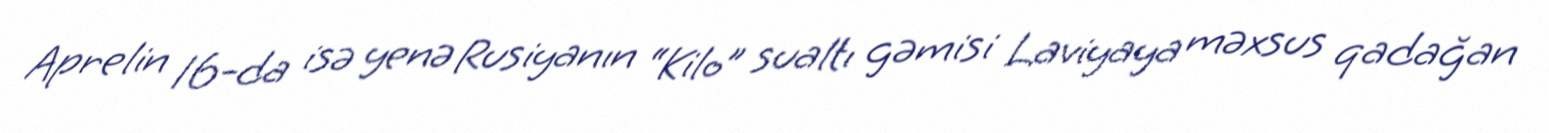
Aprelin 16-da isə yenə Rusiyanın “Kilo” sualtı gəmisi Laviyaya məxsus qadağan